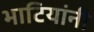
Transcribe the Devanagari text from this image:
भाटियांनी